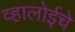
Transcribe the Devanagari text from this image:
व्हालोईचे